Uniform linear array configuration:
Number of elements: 48
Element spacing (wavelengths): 0.75
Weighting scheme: blackman
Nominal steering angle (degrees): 30
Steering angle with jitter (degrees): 30.456
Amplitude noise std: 0.05
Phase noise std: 0.05

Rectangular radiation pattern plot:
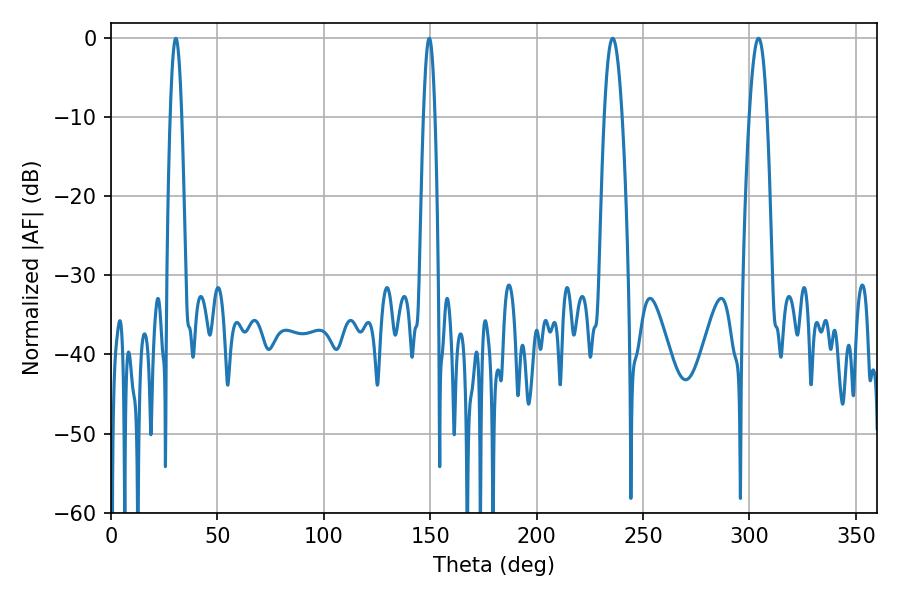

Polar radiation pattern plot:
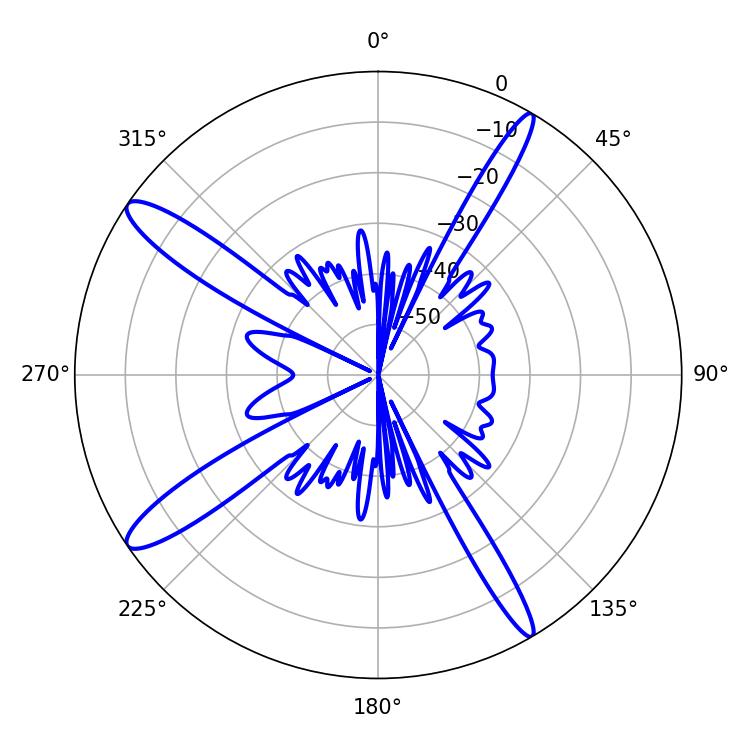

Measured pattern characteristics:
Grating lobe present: TRUE
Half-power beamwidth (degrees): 2.88
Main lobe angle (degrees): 30.42